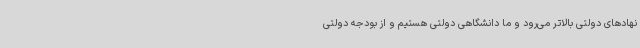
نهادهای دولتی بالاتر می‌رود و ما دانشگاهی دولتی هستیم و از بودجه دولتی